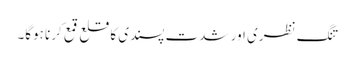
تنگ نظری اور شدت پسندی کا قلع قمع کرنا ہوگا۔